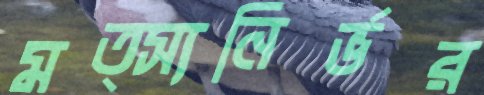
মত্স্যনির্ভর